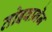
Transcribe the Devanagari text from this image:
तोइवानेन